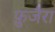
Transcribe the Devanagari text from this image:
फ़ुजैरा